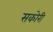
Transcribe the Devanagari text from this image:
सकोरी